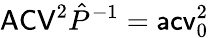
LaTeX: \mathsf{ACV}^{2}\hat{P}^{-1}=\mathsf{acv}_{0}^{2}